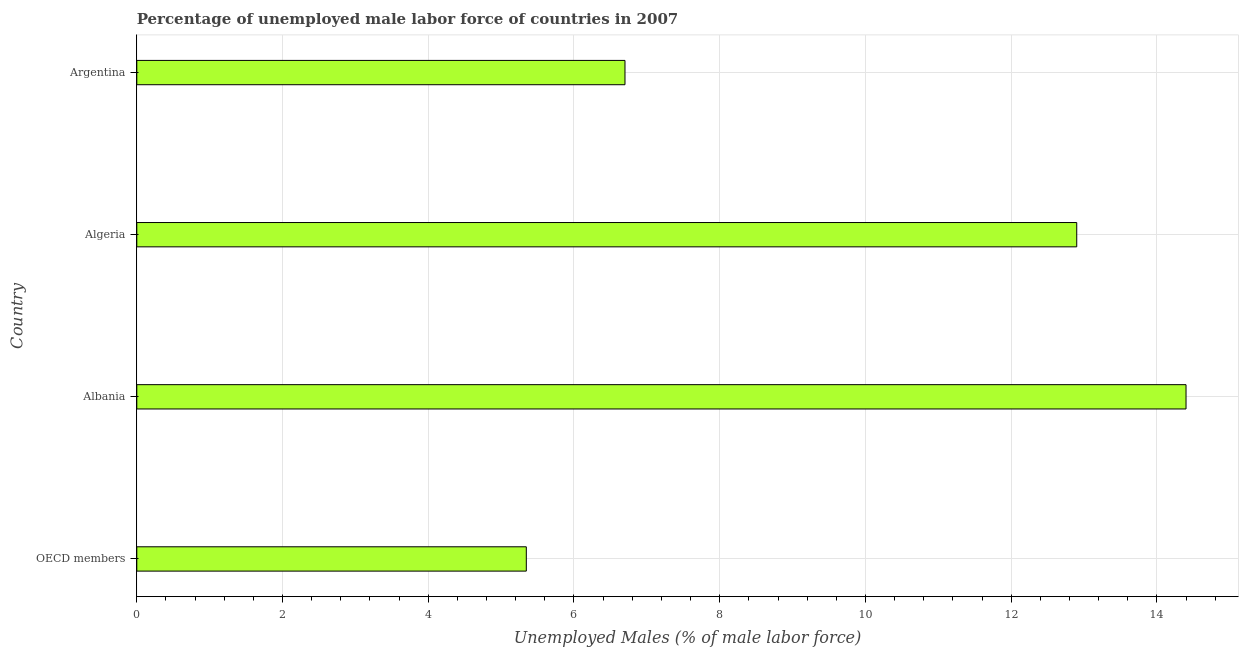
| Country | Unemployment male |
 | --- | --- |
 | OECD members | 5.35 |
 | Albania | 14.4 |
 | Algeria | 12.9 |
 | Argentina | 6.7 |